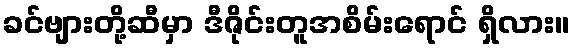
ခင်ဗျားတို့ဆီမှာ ဒီဇိုင်းတူအစိမ်းရောင် ရှိလား။